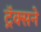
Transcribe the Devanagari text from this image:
ट्रॅक्सने